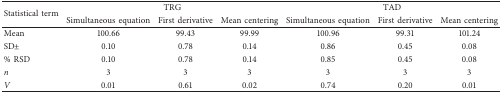
| <ROWSPAN=2> Statistical term | <COLSPAN=3> TRG | <COLSPAN=3> TAD |
 | Simultaneous equation | First derivative | Mean centering | Simultaneous equation | First derivative | Mean centering |
 | --- | --- | --- | --- | --- | --- | --- |
 | Mean | 100.66 | 99.43 | 99.99 | 100.96 | 99.31 | 101.24 |
 | SD± | 0.10 | 0.78 | 0.14 | 0.86 | 0.45 | 0.08 |
 | % RSD | 0.10 | 0.78 | 0.14 | 0.85 | 0.45 | 0.08 |
 | n | 3 | 3 | 3 | 3 | 3 | 3 |
 | V | 0.01 | 0.61 | 0.02 | 0.74 | 0.20 | 0.01 |